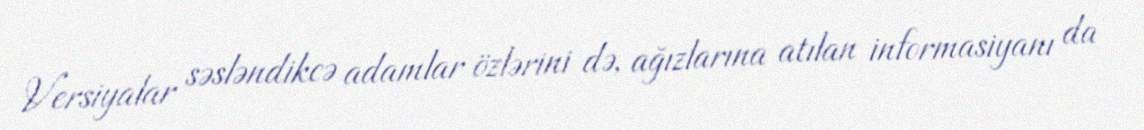
Versiyalar səsləndikcə adamlar özlərini də, ağızlarına atılan informasiyanı da